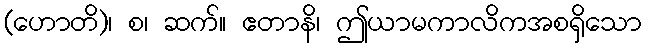
(ဟောတိ)၊ စ၊ ဆက်။ ဧတာနိ၊ ဤယာမကာလိကအစရှိသော